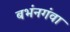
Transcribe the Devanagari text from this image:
बभंनगंवा